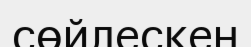
сөйлескен